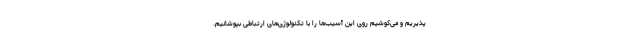
پذیریم و می‌کوشیم روی این آسیب‌ها را با تکنولوژی‌های ارتباطی بپوشانیم.